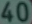
40